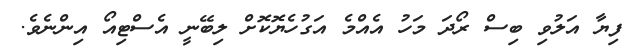
ފިޔާ އަލުވި ބިސް ރޯދަ މަހު އެއްމެ އަގުހެޔޮކޮށް ލިބޭނީ އެސްޓިއޯ އިންނެވެ.